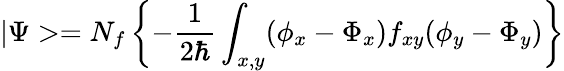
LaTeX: |\Psi>=N_{f}\left\{ -\frac 1{2\hbar}\int_{x,y}(\phi_{x}-\Phi_{x})f_{xy}(\phi_{y}-\Phi_{y})\right\}